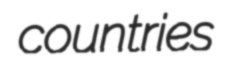
countries